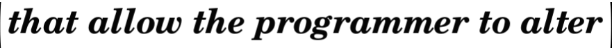
that allow the programmer to alter